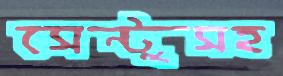
সেন্টুসহ